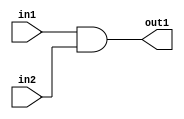
module and_gate(in1, in2, out1);
	
	input in1, in2;
	output out1;
	
	and(out1, in1, in2);
	
endmodule